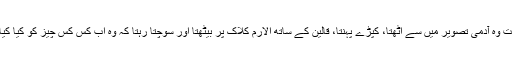
گویا صبح کے وقت وہ آدمی تصویر میں سے اٹھتا، کپڑے پہنتا، قالین کے ساتھ الارم کلاک پر بیٹھتا اور سوچتا رہتا کہ وہ اب کس کس چیز کو کیا کیا نام دے سکتا تھا۔